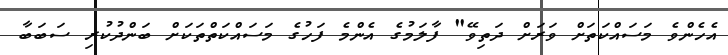
އެހެންވެ މަސައްކަތަށް ވަރަށް ދަތިވޭ" ފާލަމުގެ އެންމެ ފަހުގެ މަސައްކަތްތަކަށް ބަންދުކުރި ސަބަބާ